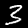
Digit: 3